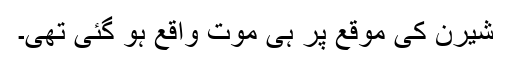
شیرن کی موقع پر ہی موت واقع ہو گئی تھی۔